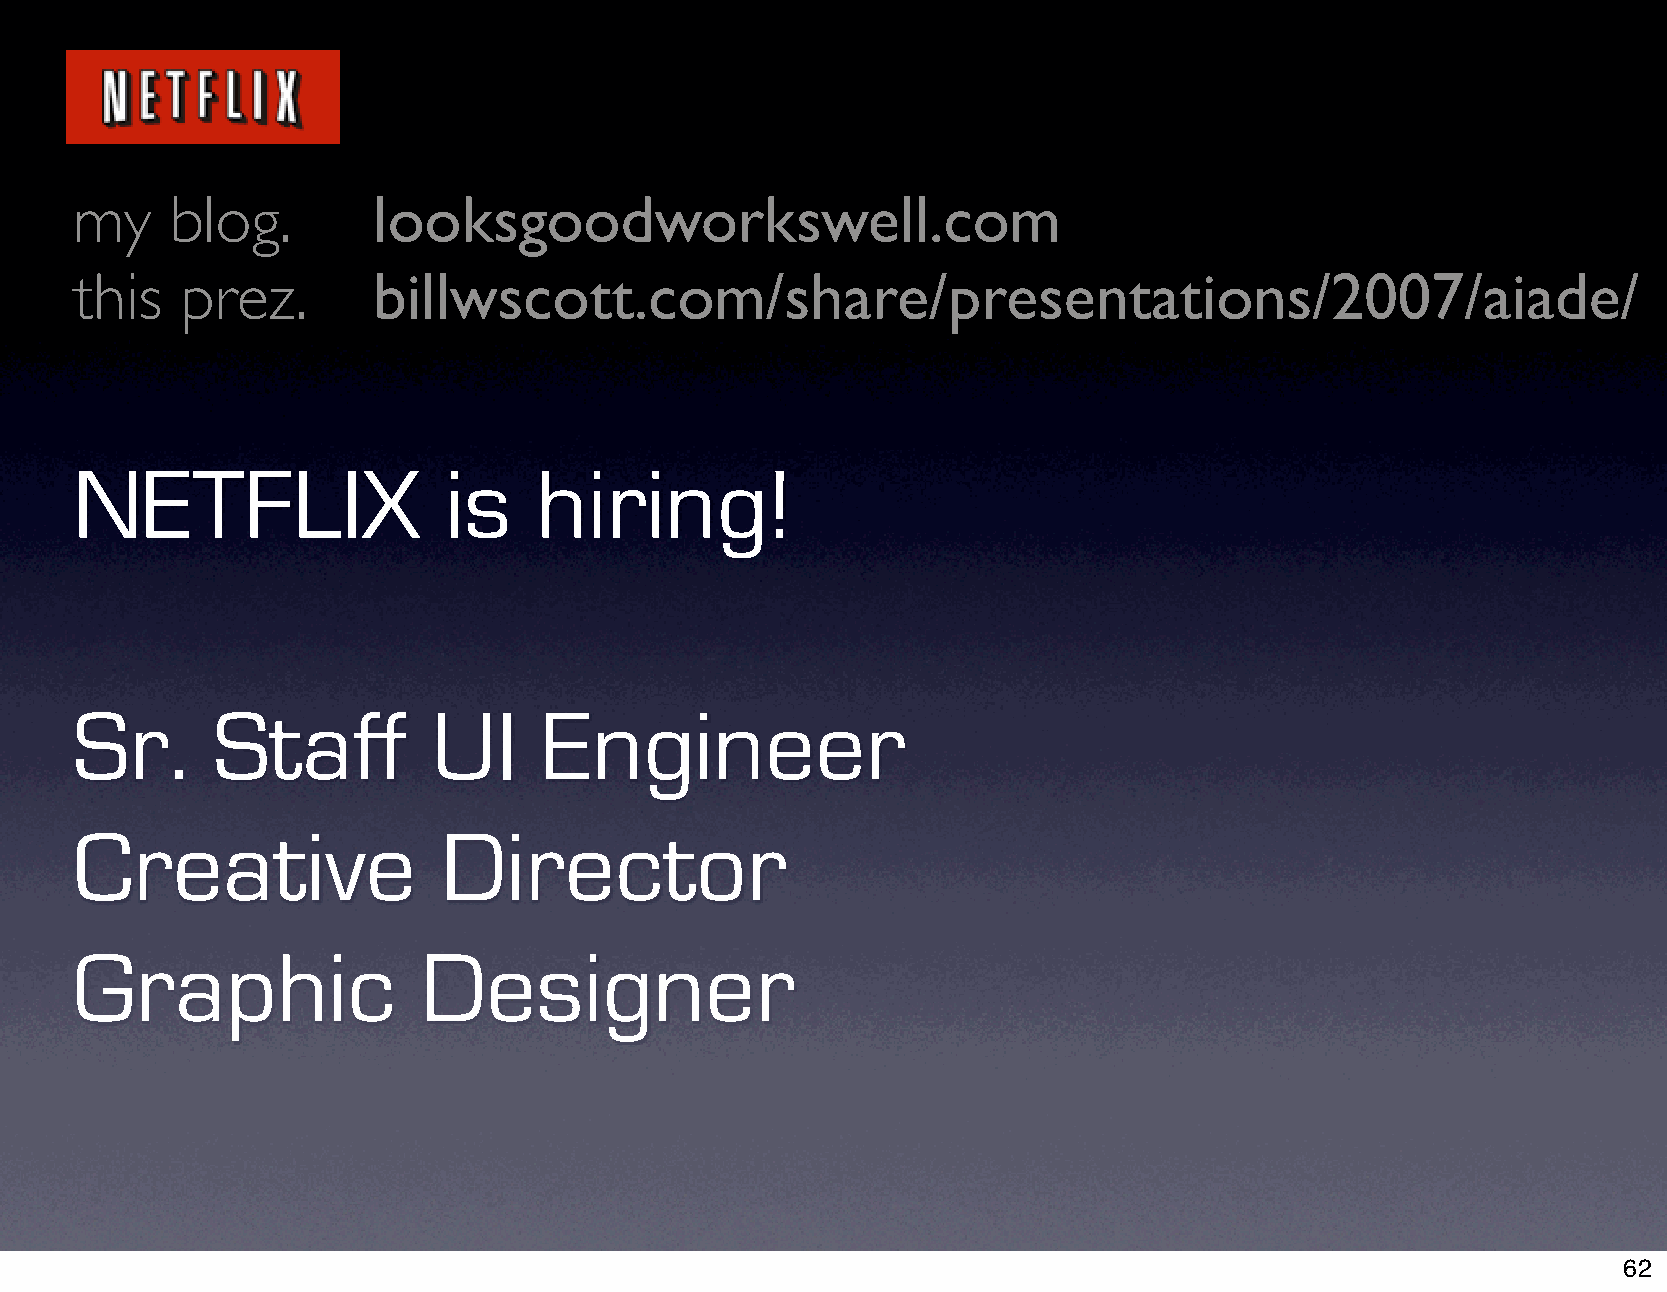
my    blog.         looksgoodworkswell.com
 this   prez.        billwscott.com/share/presentations/2007/aiade/
 NETFLIX                 is    hiring!
 Sr.      Staff          UI     Engineer
 Creative                Director
 Graphic                Designer
 62